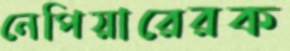
নেপিয়ারেরক